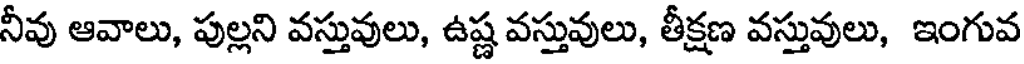
నీవు ఆవాలు, పుల్లని వస్తువులు, ఉష్ణ వస్తువులు, తీక్షణ వస్తువులు, ఇంగువ